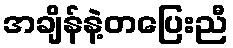
အချိန်နဲ့တပြေးညီ